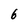
Character: 6